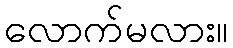
လောက်မလား။